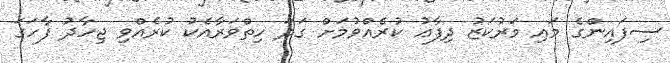
ސިފައިންގެ މައި މަރުކަޒު ދިފާޢު ކުރެއްވުމަށް ގަދަ ހިތްވަރާއެކު ކުރެއްވި ޖިހާދު ފާހަގަ